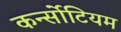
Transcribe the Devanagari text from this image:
कर्न्सोटियम